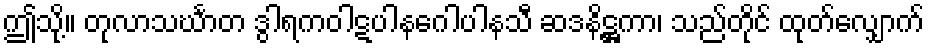
ဤသို့။ တုလာသင်္ဃာတ ဒွါရကဝါဋပါနဂေါပါနသီ ဆဒနိဋ္ဌကာ၊ သည်တိုင် ထုတ်လျှောက်